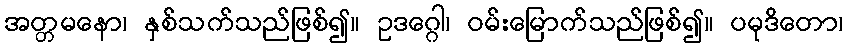
အတ္တမနော၊ နှစ်သက်သည်ဖြစ်၍။ ဥဒဂ္ဂေါ၊ ဝမ်းမြောက်သည်ဖြစ်၍။ ပမုဒိတော၊